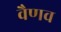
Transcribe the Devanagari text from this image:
वैणव